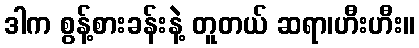
ဒါက စွန့်စားခန်းနဲ့ တူတယ် ဆရာ၊ဟီးဟီး။